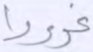
غرورا